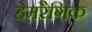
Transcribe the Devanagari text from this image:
हेमरैगिक